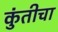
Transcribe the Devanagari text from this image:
कुंतीचा